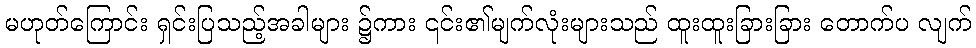
မဟုတ်ကြောင်း ရှင်းပြသည့်အခါများ ၌ကား ၎င်း၏မျက်လုံးများသည် ထူးထူးခြားခြား တောက်ပ လျက်